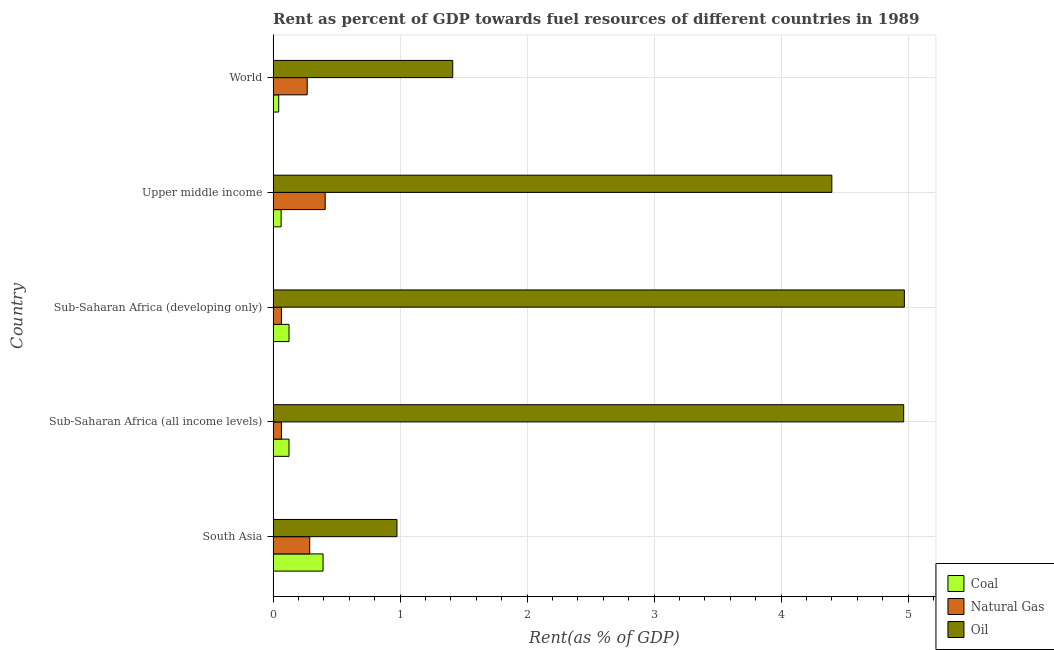
| Country | Coal | Natural Gas | Oil |
 | --- | --- | --- | --- |
 | South Asia | 0.393 | 0.288 | 0.975 |
 | Sub-Saharan Africa (all income levels) | 0.125 | 0.0654 | 4.97 |
 | Sub-Saharan Africa (developing only) | 0.125 | 0.0655 | 4.97 |
 | Upper middle income | 0.063 | 0.41 | 4.4 |
 | World | 0.044 | 0.268 | 1.41 |